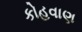
કોહવાણ